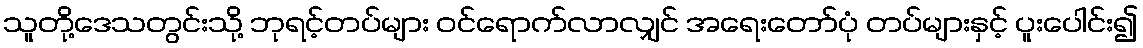
သူတို့ဒေသတွင်းသို့ ဘုရင့်တပ်များ ဝင်ရောက်လာလျှင် အရေးတော်ပုံ တပ်များနှင့် ပူးပေါင်း၍